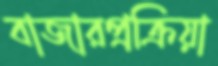
বাজারপ্রক্রিয়া